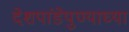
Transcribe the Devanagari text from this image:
देशपांडेपुण्याच्या